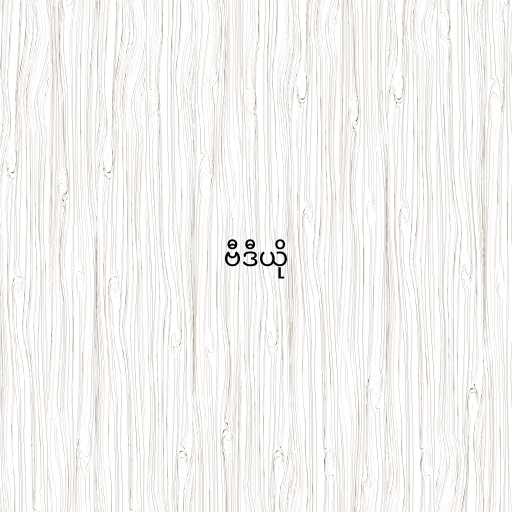
ဗီဒီယို